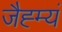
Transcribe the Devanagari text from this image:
जैह्म्यं